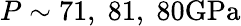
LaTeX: P\sim 71,\; 81,\; 80\mathrm{GPa}